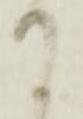
て